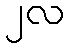
၂လ